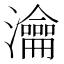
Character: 瀹